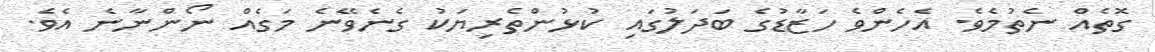
ގޮތެއް ނެތުމެވެ. އެހެންވެ ހަޒާޑުގެ ބަދަލުގައި ކުޅުންތެރިޔަކު ގެނެވޭނެ މަގެއް ނޯންނާނެ އެވެ.